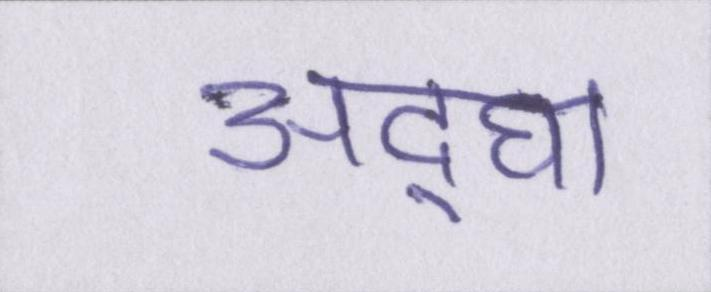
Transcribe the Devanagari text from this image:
अ॒द्घा